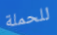
للحملة